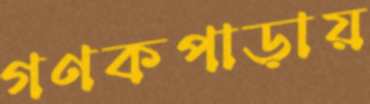
গণকপাড়ায়